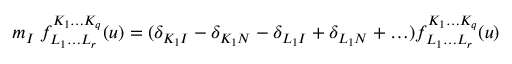
m _ { I } \; f _ { L _ { 1 } \ldots L _ { r } } ^ { K _ { 1 } \ldots K _ { q } } ( u ) = ( \delta _ { K _ { 1 } I } - \delta _ { K _ { 1 } N } - \delta _ { L _ { 1 } I } + \delta _ { L _ { 1 } N } + \ldots ) f _ { L _ { 1 } \ldots L _ { r } } ^ { K _ { 1 } \ldots K _ { q } } ( u )